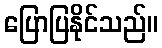
ပြောပြနိုင်သည်။